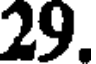
29.